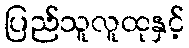
ပြည်သူလူထုနှင့်